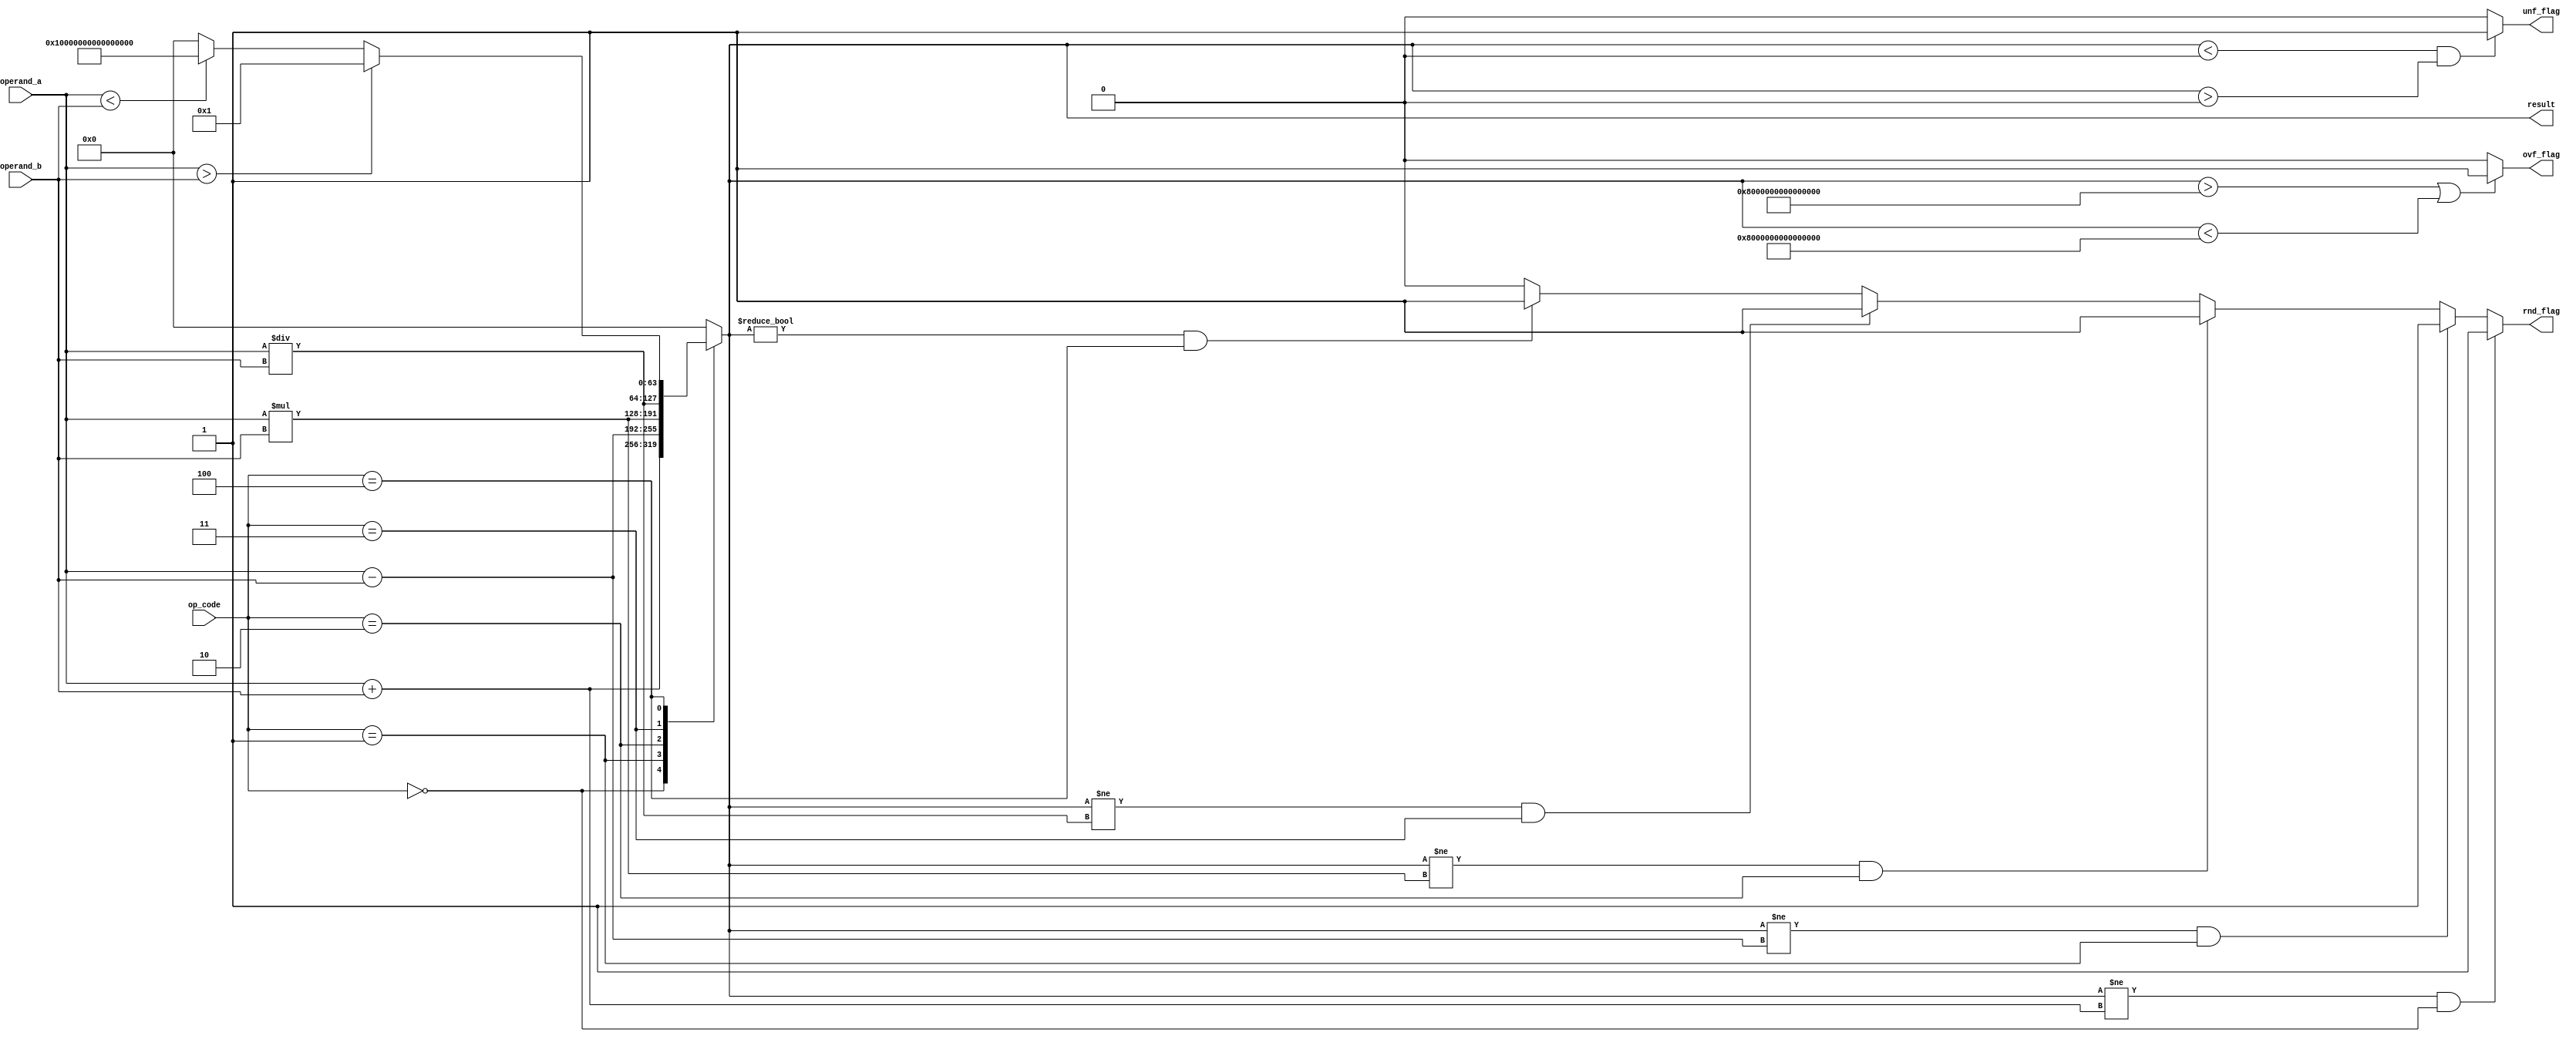
module triple_precision_float_unit(
    input wire [63:0] operand_a,
    input wire [63:0] operand_b,
    input wire [2:0] op_code, // 0: addition, 1: subtraction, 2: multiplication, 3: division, 4: comparison
    output reg [63:0] result,
    output reg ovf_flag,
    output reg unf_flag,
    output reg rnd_flag
);

reg [63:0] temp_result;

always @(*) begin
    ovf_flag = 0;
    unf_flag = 0;
    rnd_flag = 0;
    
    case(op_code)
        0: temp_result = operand_a + operand_b; // Addition
        1: temp_result = operand_a - operand_b; // Subtraction
        2: temp_result = operand_a * operand_b; // Multiplication
        3: temp_result = operand_a / operand_b; // Division
        4: begin // Comparison
            if(operand_a > operand_b)
                temp_result = 1;
            else if(operand_a < operand_b)
                temp_result = -1;
            else
                temp_result = 0;
        end
        default: temp_result = 0;
    endcase
    
    // Check for overflow
    if(temp_result > 2**63 - 1 || temp_result < -(2**63))
        ovf_flag = 1;
    
    // Check for underflow
    if(temp_result < 2**-63 && temp_result > -2**-63)
        unf_flag = 1;
    
    // Check for rounding errors
    if(temp_result != operand_a + operand_b && op_code == 0) // Addition
        rnd_flag = 1;
    else if(temp_result != operand_a - operand_b && op_code == 1) // Subtraction
        rnd_flag = 1;
    else if(temp_result != operand_a * operand_b && op_code == 2) // Multiplication
        rnd_flag = 1;
    else if(temp_result != operand_a / operand_b && op_code == 3) // Division
        rnd_flag = 1;
    else if(temp_result != 0 && op_code == 4) // Comparison
        rnd_flag = 1;
    
    // Assign result
    result = temp_result;
end

endmodule